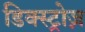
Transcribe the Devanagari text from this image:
डिक्स्ट्रोज़